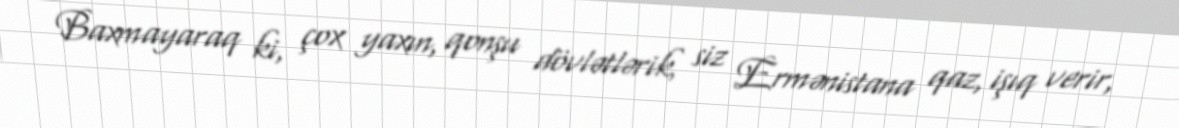
Baxmayaraq ki, çox yaxın, qonşu dövlətlərik, siz Ermənistana qaz, işıq verir,